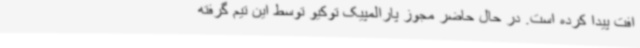
افت پیدا کرده است. در حال حاضر مجوز پارالمپیک توکیو توسط این تیم گرفته